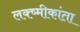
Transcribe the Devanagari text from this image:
लक्ष्मीकांता